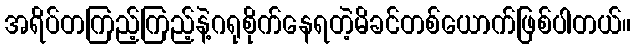
အရိပ်တကြည့်ကြည့်နဲ့ဂရုစိုက်နေရတဲ့မိခင်တစ်ယောက်ဖြစ်ပါတယ်။